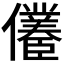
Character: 𱏠